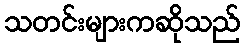
သတင်းများကဆိုသည်